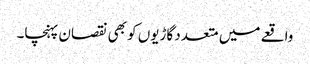
واقعے میں متعدد گاڑیوں کو بھی نقصان پہنچا۔